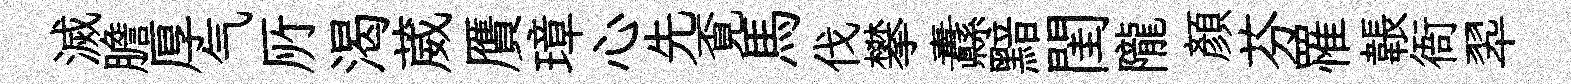
滅膽厚气𠩄渴葳贋璋心先覔馬伐攀纛黯閨隴顔芬罹韔衙翆